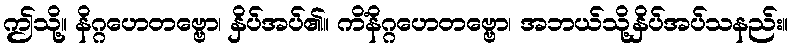
ဤသို့။ နိဂ္ဂဟေတဗ္ဗော၊ နှိပ်အပ်၏။ ကိံနိဂ္ဂဟေတဗ္ဗော၊ အဘယ်သို့နှိပ်အပ်သနည်း။